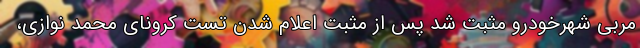
مربی شهرخودرو مثبت شد پس از مثبت اعلام شدن تست کرونای محمد نوازی،